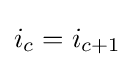
i_{c}=i_{c+1}